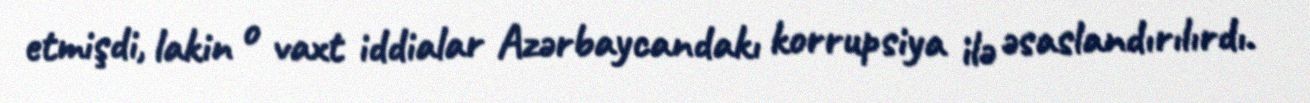
etmişdi, lakin o vaxt iddialar Azərbaycandakı korrupsiya ilə əsaslandırılırdı.